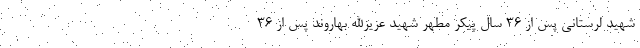
شهید لرستانی پس از ۳۶ سال پیکر مطهر شهید عزیزالله بهاروند پس از ۳۶